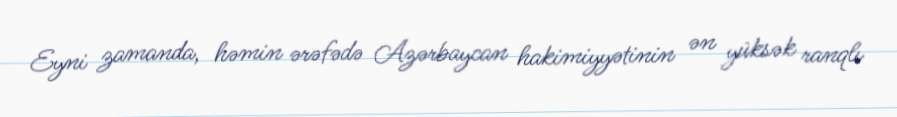
Eyni zamanda, həmin ərəfədə Azərbaycan hakimiyyətinin ən yüksək ranqlı